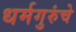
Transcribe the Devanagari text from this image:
धर्मगुरुंचे